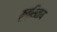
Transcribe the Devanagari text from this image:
कुत्सिताय